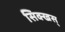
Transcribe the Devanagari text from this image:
सिक्खस्